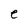
Character: e